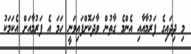
މި ދިދައިގެ ފަރުމާއާއި އެންމެ ގާތުން ވާދަކޮށްފައިވަނީ ހަމަ އެ ފަރުމާއަށް އެކަމަކު